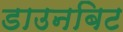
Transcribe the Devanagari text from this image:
डाउनबिट